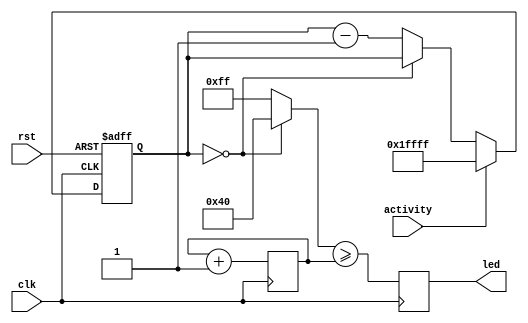
module led_if(
    input  wire        rst,
    input  wire        clk,

    input  wire        activity,

    output reg         led);

    reg [16:0] pulse_cnt_r;
    wire pulse_cnt_zero = (pulse_cnt_r == 17'd0);

    always @(posedge clk or posedge rst) begin
        if (rst) begin
            pulse_cnt_r <= 17'd0;
        end else begin
            if (!pulse_cnt_zero) begin
                pulse_cnt_r <= pulse_cnt_r - 17'd1;
            end
            if (activity) begin
                pulse_cnt_r <= 17'h1FFFF;
            end
        end
    end

    wire [7:0] val = pulse_cnt_zero ? 8'd64 : 8'd255;

    reg [7:0] cnt_r = 0;
    always @(posedge clk) cnt_r <= cnt_r + 8'd1;
    always @(posedge clk) led <= val >= cnt_r;

endmodule